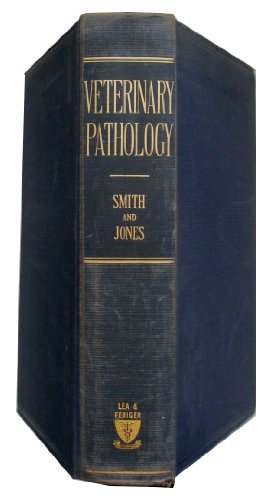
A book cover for Veterinary Pathology; Hilton Atmore and Thomas Carlyle Jone Smith; Medical Books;